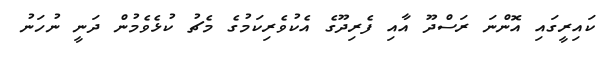
ކައިރީގައި އޮންނަ ރަސްދޫ އާއި ފެރިދޫގެ އެކުވެރިކަމުގެ މެޗު ކުޅެވެމުން ދަނީ ނުހަނު